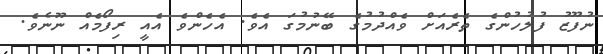
ނުފޫޒު ފުލުހުންގެ ތެރެއަށް ވެއްދުމުގެ ބޭނުމުގަ އެވެ. އެހެންވެ އެއީ ރިފޯމެއް ނޫނެވެ.